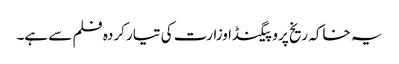
یہ خاکہ ریخ پروپیگنڈا وزارت کی تیار کردہ فلم سے ہے۔